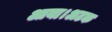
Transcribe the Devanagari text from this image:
आया।अटक